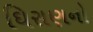
ઘિરાણનો